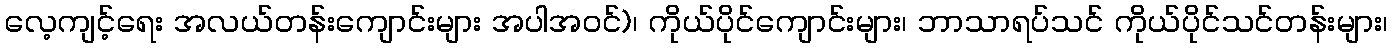
လေ့ကျင့်ရေး အလယ်တန်းကျောင်းများ အပါအဝင်)၊ ကိုယ်ပိုင်ကျောင်းများ၊ ဘာသာရပ်သင် ကိုယ်ပိုင်သင်တန်းများ၊